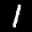
Label: 1